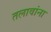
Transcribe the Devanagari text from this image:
तलावांना